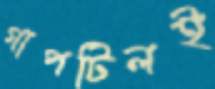
গাপটিলই